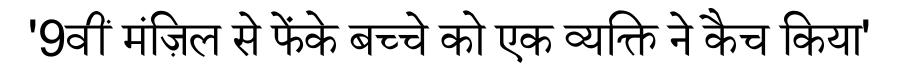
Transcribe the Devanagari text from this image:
'9वीं मंज़िल से फेंके बच्चे को एक व्यक्ति ने कैच किया'